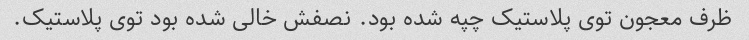
ظرف معجون توی پلاستیک چپه شده بود. نصفش خالی شده بود توی پلاستیک.